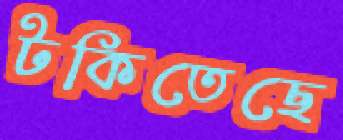
টকিতেছে